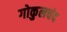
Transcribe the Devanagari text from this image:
गोकुलचंद